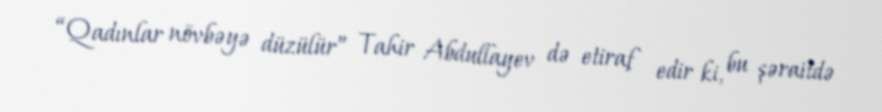
“Qadınlar növbəyə düzülür” Tahir Abdullayev də etiraf edir ki, bu şəraitdə